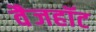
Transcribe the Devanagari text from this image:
वैजहॉट